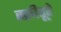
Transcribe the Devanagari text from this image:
स्क्रीतूरे